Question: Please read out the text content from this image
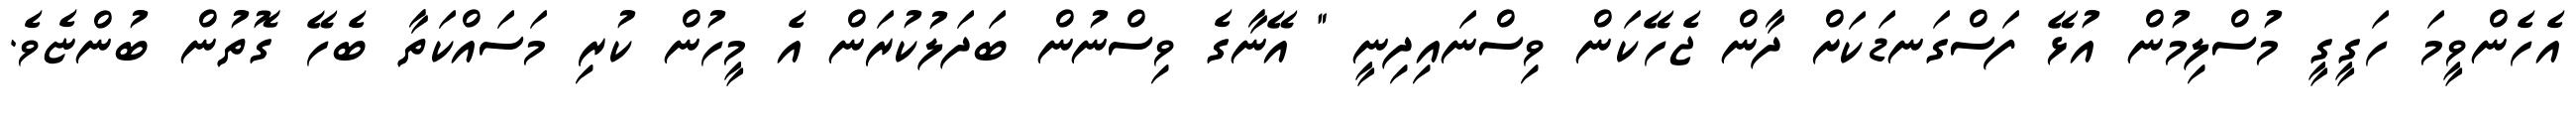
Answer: އެހެންވީމަ ހަގީގީ މުސްލިމުން އުޅޭ ފަސްގަނޑަކަށް ދާން ޖެހޭކަން ވިސްނައިދިނީ " އޭނާގެ ވިސްނުން ބަދަލުކުރަން އެ މީހުން ކުރި މަސައްކަތާ ބެހޭ ގޮތުން ބުންޏެވެ.